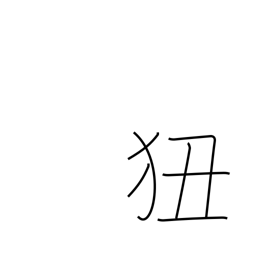
Meaning: learn